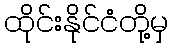
ထိုင်းနိုင်ငံတို့မှ